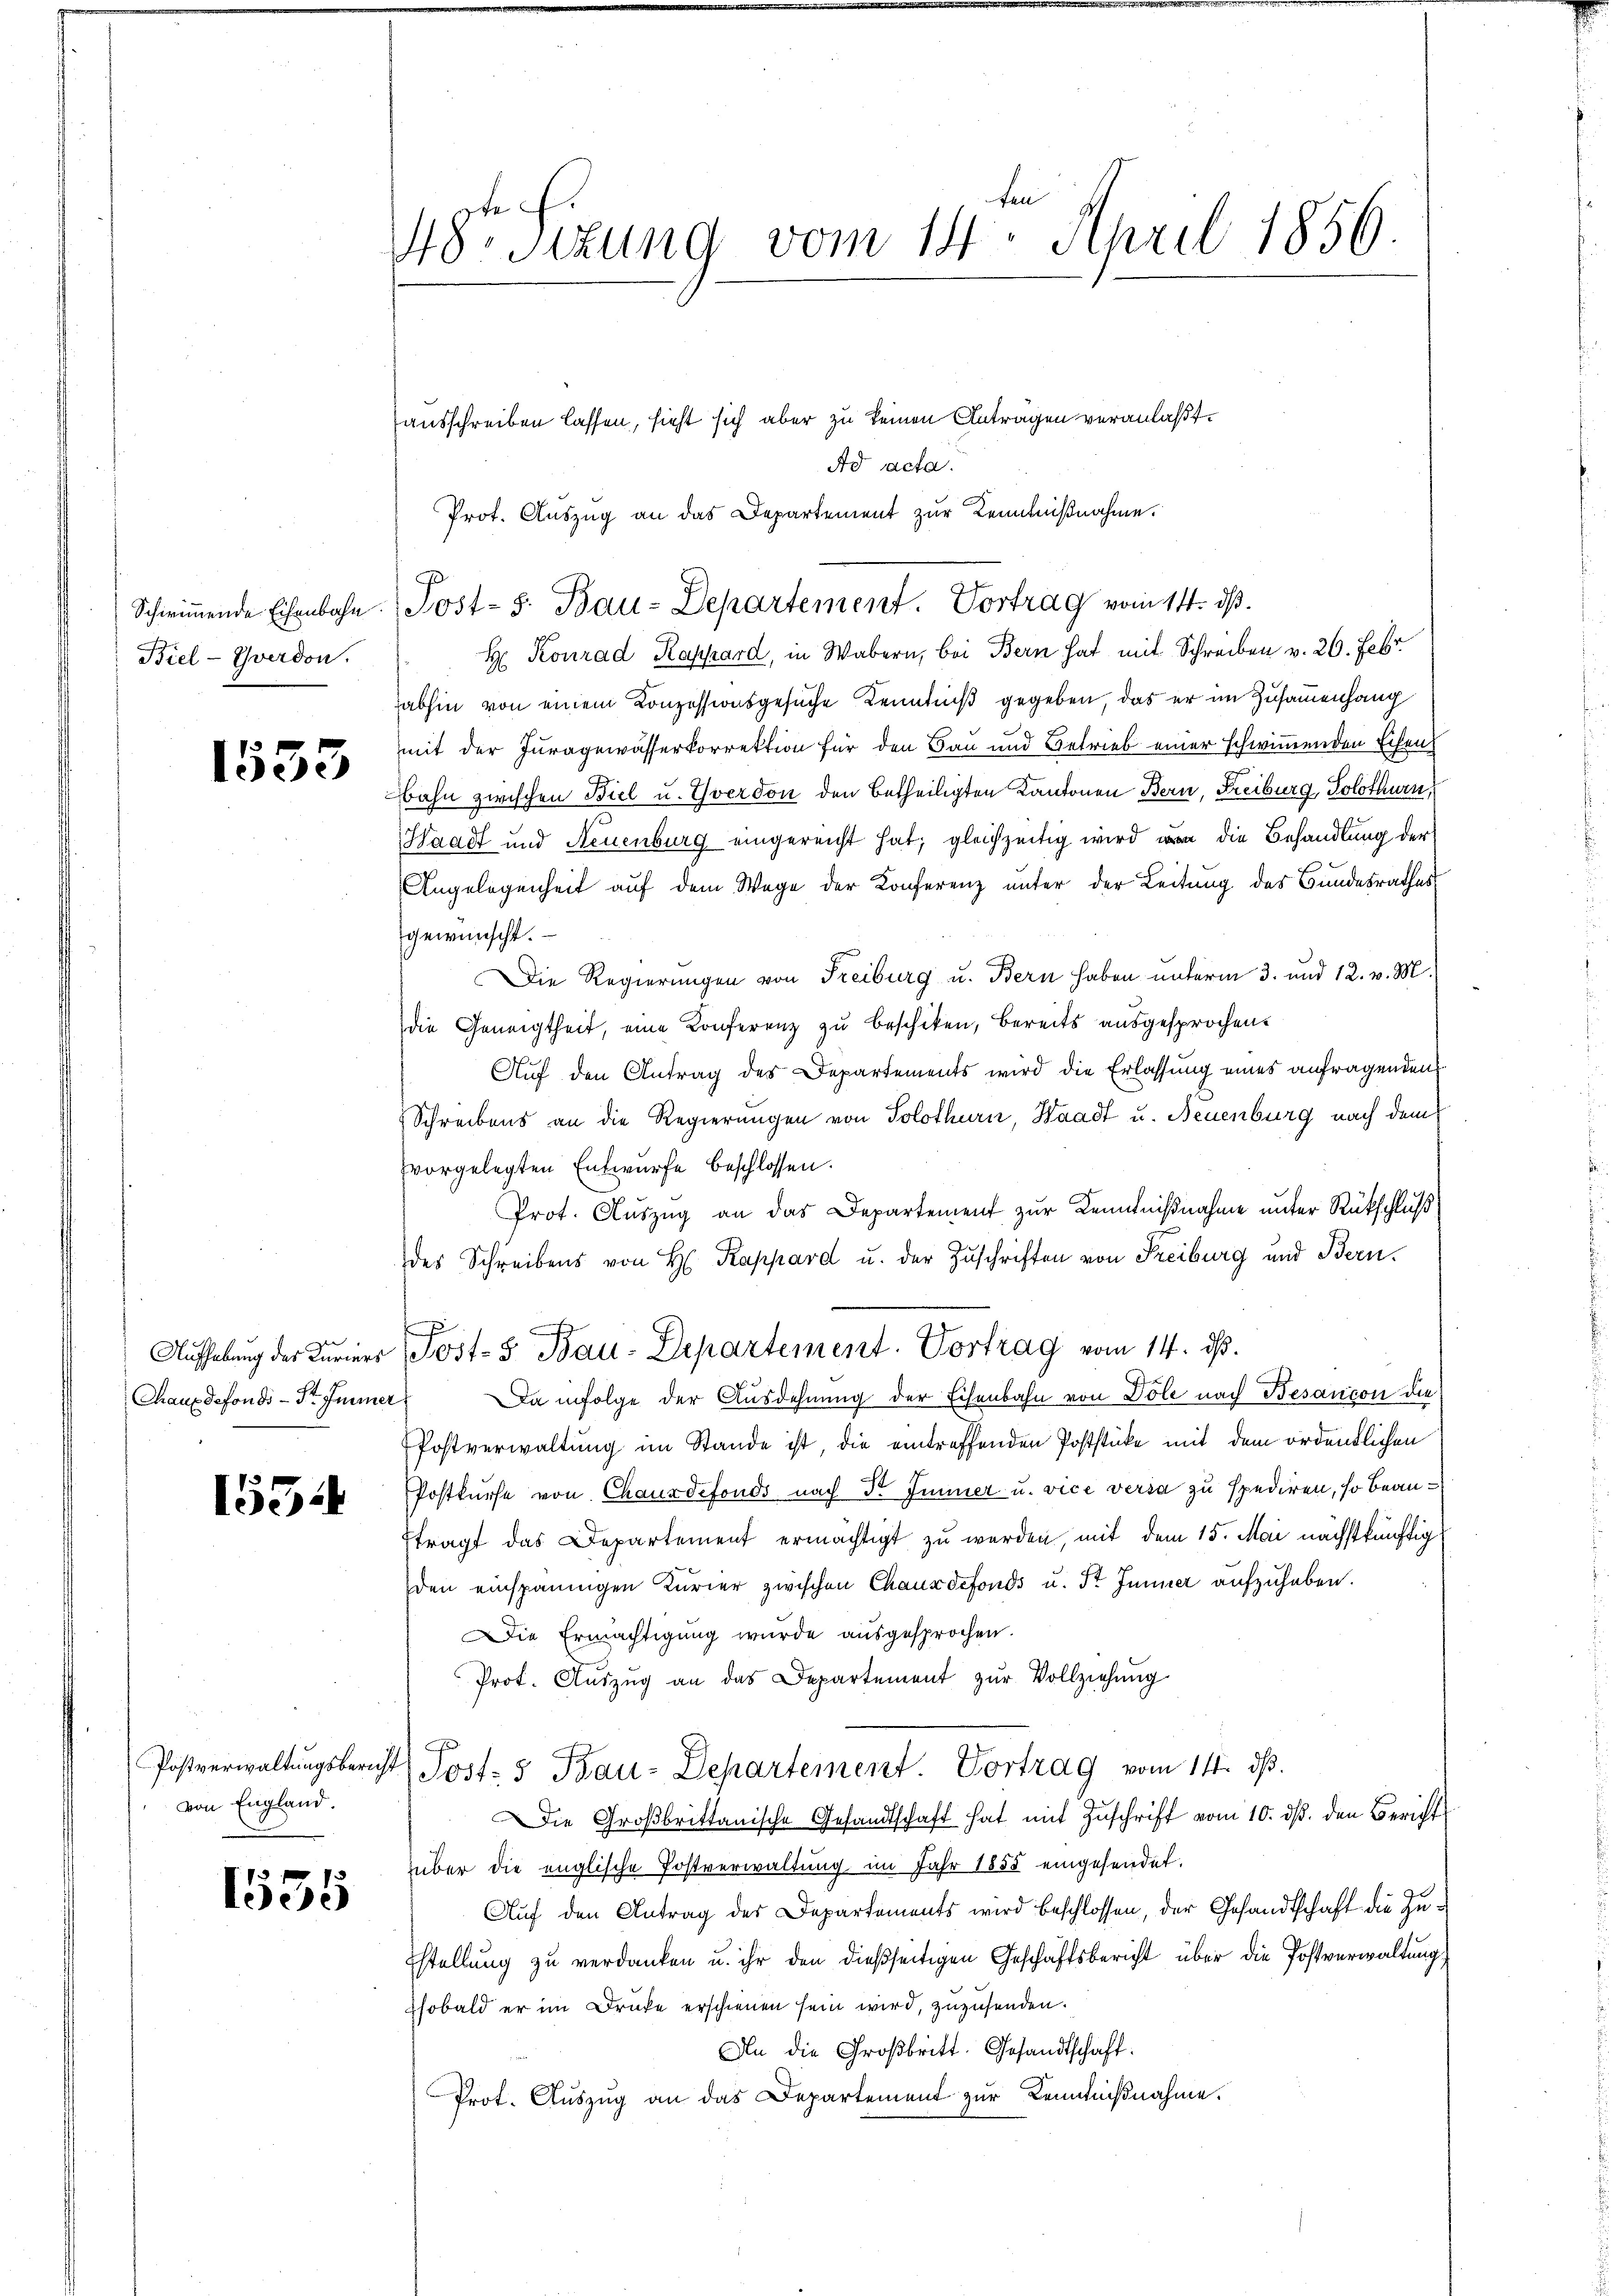
Schwimmende Eisenbahn.
Biel -Yverdon.

1533

1554

von England.

3
1335

ten
48. Sizung vom 14. April 1856.

ausschreiben lassen, sieht sich aber zu keinen Antragen veranlaßt.
Ad acta.
Prot. Auszug an das Departement zur Kenntnißnahme.
H. Konrad Rappard, in Wabern, bei Bern hat mit Schreiben v. 26. Febr.
abhin von einem Konzessionsgesuche Kenntniß gegeben, das er im Zusammenhang
mit der Juragewässerkorrektion für den Bau und Betrieb einer schwimmenden Eisen
Bahn zwischen Biel u. Yverdon den betheiligten Kantonen Bern, Freiburg, Solothurn,
Waadt und Neuenburg eingereicht hat; gleichzeitig wird von die Behandlung der
Angelegenheit auf dem Wege der Konferenz unter der Leitung des Bundesrathes
gewünscht.
Die Regierungen von Freiburg u. Bern haben unterm 3. und 12. v. M.)
die Geneigtheit, eine Konferenz zu beschiken, bereits ausgesprochen.
Auf den Antrag des Departements wird die Erlassung eines anfragenden
Schreibens an die Regierungen von Solothurn, Waadt u. Neuenburg nach dem
vorgelegten Entwurfe beschlossen.
Prot. Auszug an das Departement zur Kenntnißnahme unter Rückschluß
des Schreibens von H. Rappard u. der Zuschriften von Freiburg und Bern.
t
Aŭfhebung des Kuriers (Post- & Bau-Departement. Vortrag vom 14. ds.
Chauxdefonds - Dr. Immer. Da infolge der Ausdehnung der Eisenbahn von Döle nach Besançon die
Postverwaltung im Stande ist, die eintreffenden Poststücke mit dem ordentlichen
Postkurse von Chauxdefonds nach dr Immer u. vice versa zu spediren, so beanftragt das Departement ermächtigt zu werden, mit dem 15. Mai nächstkünftig
den einspännigen Kurier zwischen Chauxdefonds u. St. Jenner aufzuheben.
ie Ermächtigung wurde ausgesprochen.
Prot. Aŭszŭg an das Departement zŭr Vollziehung
Postverwaltŭngsbericht Post- & Bau-Departement Vortrag vom 14. dβ.
Die Groβbrittanische Gesandtschaft hat mit Zŭschrift vom 10. dβ. den Bericht
über die englische Postverwaltung im Jahr 1855 eingesendet.
Aŭf den Antrag des Departements wird beschlossen, der Gesandtschaft die Zu¬
Estellung zu verdanken u. ihr den dießseitigen Geschäftsbericht über die Postverwaltung
sobald er im Druke erschienen sein wird, zuzusenden.
An die Großbritt. Gesandtschaft.
Prot. Auszug an das Departement zur Kenntnißnahme.

Post- s. Bau-Departement. Vortrag vom 14. ds.